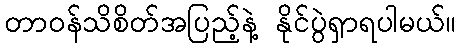
တာဝန်သိစိတ်အပြည့်နဲ့ နိုင်ပွဲရှာရပါမယ်။